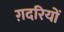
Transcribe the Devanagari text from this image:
ग़दरियों